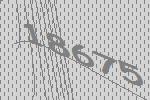
18675